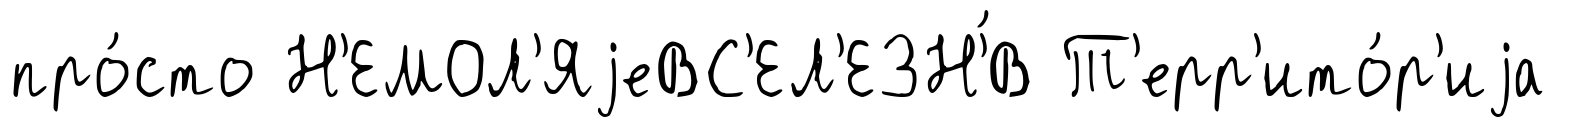
про́сто Н'ЕМОЛ'ЯjеВС'ЕЛ'ЕЗН'́В Т'ерр'ито́р'иjа